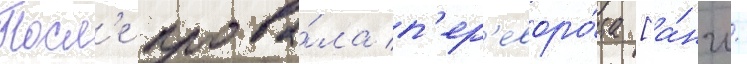
Посл'е прова́ла п'ер'еворо́та [а́нгл.